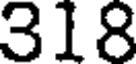
318